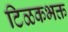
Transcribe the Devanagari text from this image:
टिळकभक्त